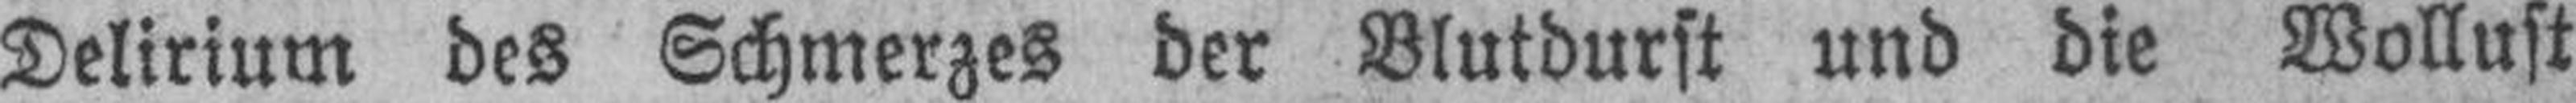
Delirium des Schmerzes der Blutdurst und die Wollust